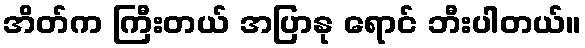
အိတ်က ကြီးတယ် အပြာနု ရောင် ဘီးပါတယ်။